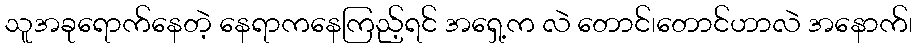
သူအခုရောက်နေတဲ့ နေရာကနေကြည့်ရင် အရှေ့က လဲ တောင်၊တောင်ဟာလဲ အနောက်၊